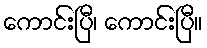
ကောင်းပြီ၊ ကောင်းပြီ။